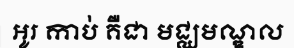
អូរ កាប់ គឺជា មជ្ឈមណ្ឌល